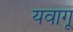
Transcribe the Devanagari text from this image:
यवागू